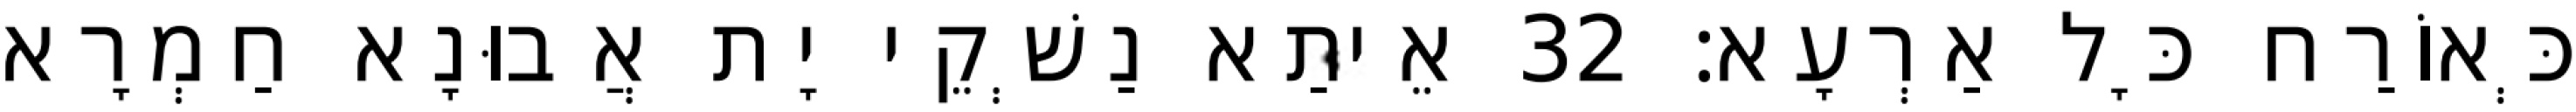
כְּאוֹרַח כָּל אַרְעָא׃ 32 אֵיתַא נַשְׁקֵי יָת אֲבוּנָא חַמְרָא